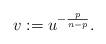
LaTeX: \begin{align*}v:=u^{-\frac{p}{n-p}}.\end{align*}